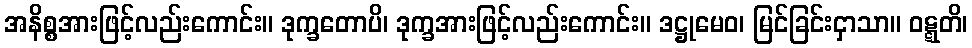
အနိစ္စအားဖြင့်လည်းကောင်း။ ဒုက္ခတောပိ၊ ဒုက္ခအားဖြင့်လည်းကောင်း။ ဒဋ္ဌုမေဝ၊ မြင်ခြင်းငှာသာ။ ဝဋ္ဋတိ၊